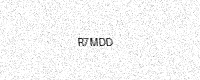
Text: R7MDD